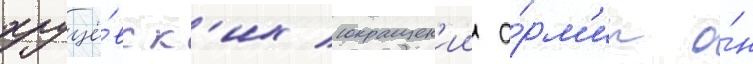
хрущё́вск'их сокращен'ии а́рм'ии о́н